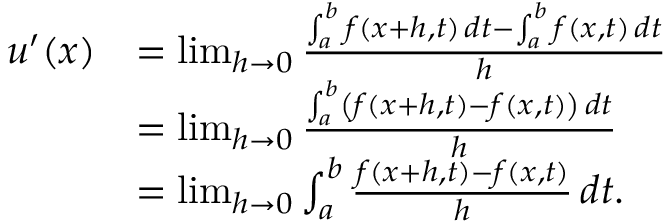
{ \begin{array} { r l } { u ^ { \prime } ( x ) } & { = \operatorname* { l i m } _ { h \to 0 } { \frac { \int _ { a } ^ { b } f ( x + h , t ) \, d t - \int _ { a } ^ { b } f ( x , t ) \, d t } { h } } } \\ & { = \operatorname* { l i m } _ { h \to 0 } { \frac { \int _ { a } ^ { b } \left( f ( x + h , t ) - f ( x , t ) \right) \, d t } { h } } } \\ & { = \operatorname* { l i m } _ { h \to 0 } \int _ { a } ^ { b } { \frac { f ( x + h , t ) - f ( x , t ) } { h } } \, d t . } \end{array} }